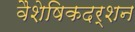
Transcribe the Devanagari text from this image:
वैशेषिकदर्शन